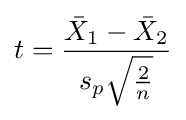
t={\frac {{\bar {X}}_{1}-{\bar {X}}_{2}}{s_{p}{\sqrt {\frac {2}{n}}}}}